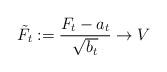
LaTeX: \begin{align*}\tilde F_{t }:=\frac{F_{t }-a_{t }}{\sqrt{b_{t }}}\to V\end{align*}